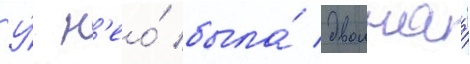
У́ н'ео́ была́ двоинаа